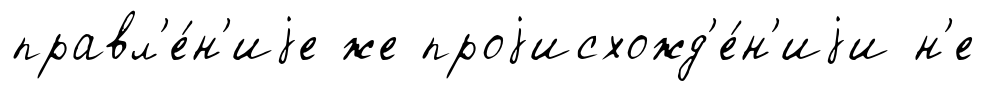
правл'е́н'иjе же проjисхожд'е́н'иjи н'е